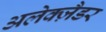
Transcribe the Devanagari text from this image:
अलेक्ज़ैडर